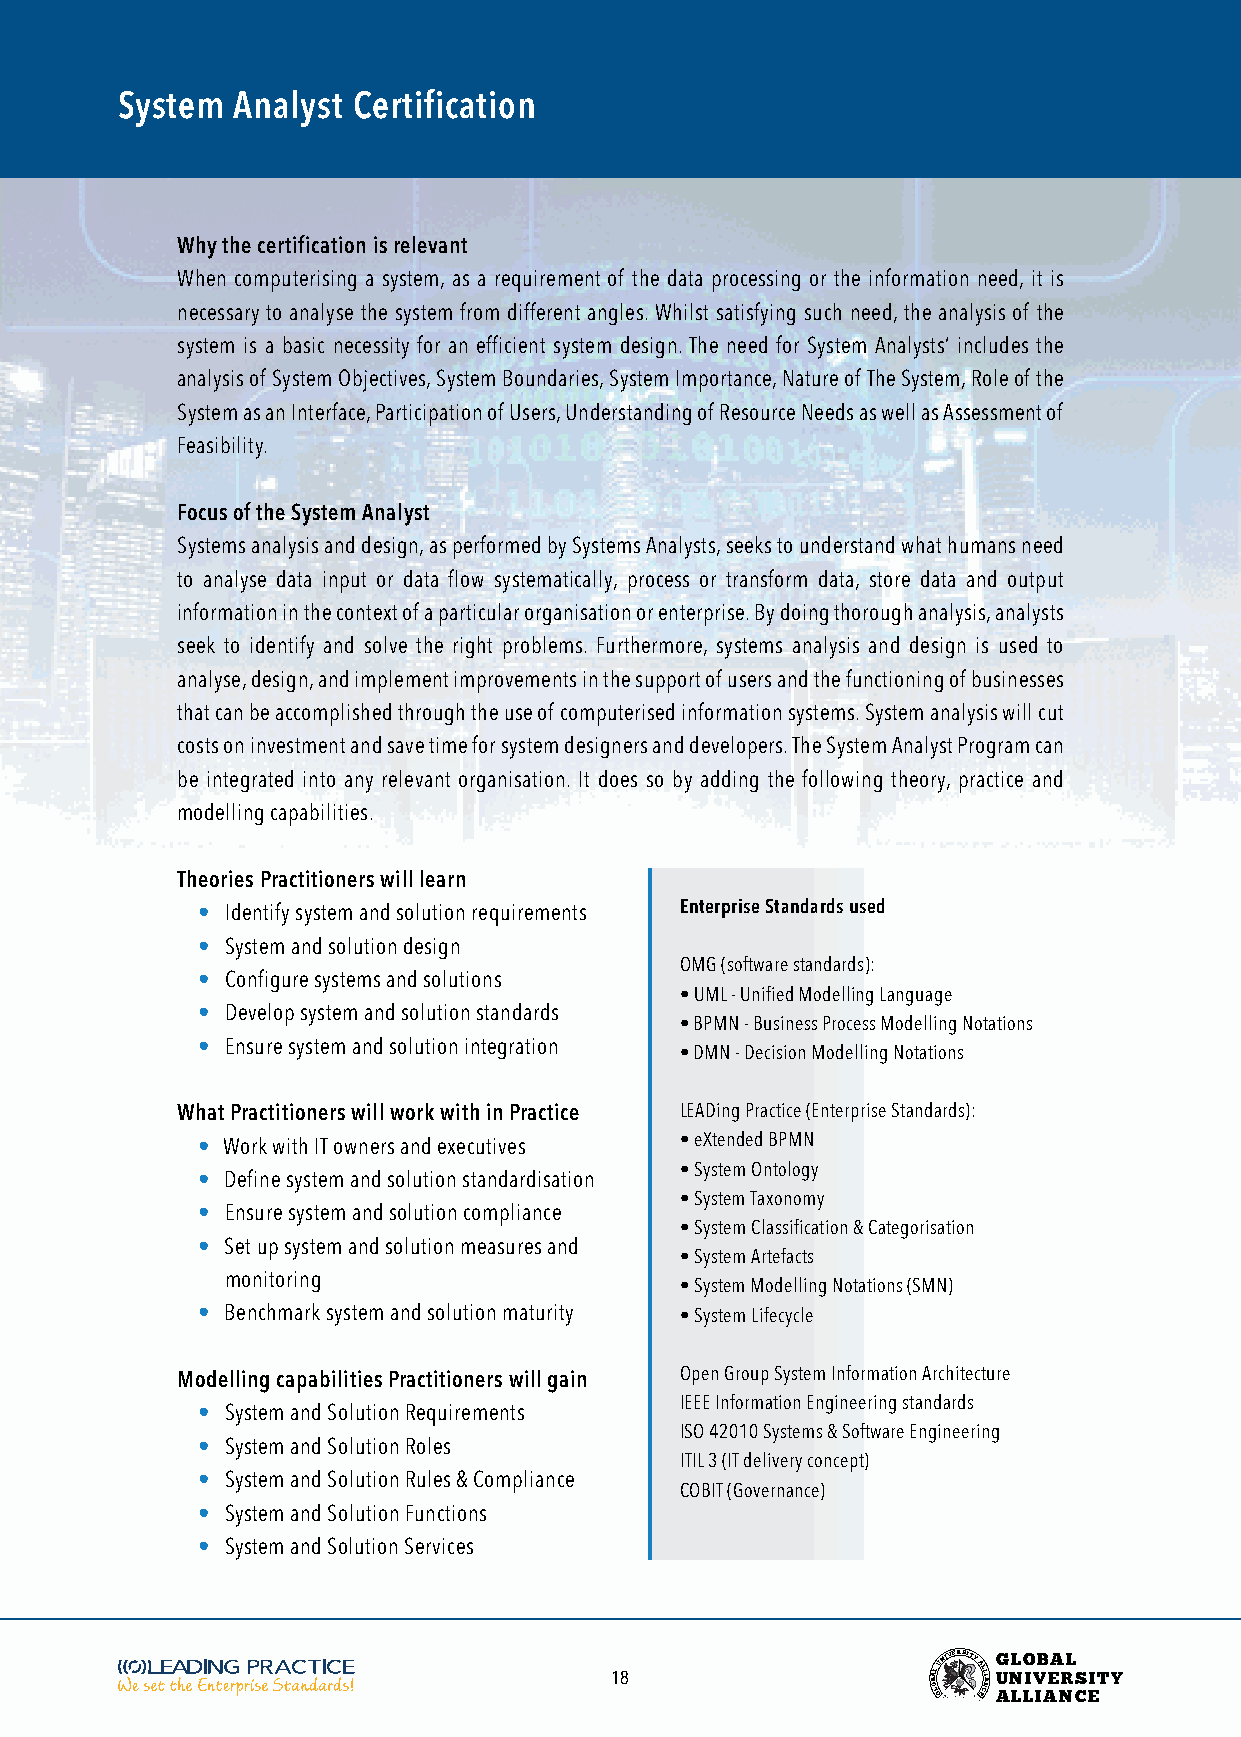
System Analyst Certification
 Why the certification is relevant
 When computerising a system, as a requirement of the data processing or the information need, it is
 necessary to analyse the system from different angles. Whilst satisfying such need, the analysis of the
 system is a basic necessity for an efficient system design. The need for System Analysts’ includes the
 analysis of System Objectives, System Boundaries, System Importance, Nature of The System, Role of the
 System as an Interface, Participation of Users, Understanding of Resource Needs as well as Assessment of
 Feasibility.
 Focus of the System Analyst
 Systems analysis and design, as performed by Systems Analysts, seeks to understand what humans need
 to analyse data input or data flow systematically, process or transform data, store data and output
 information in the context of a particular organisation or enterprise. By doing thorough analysis, analysts
 seek to identify and solve the right problems. Furthermore, systems analysis and design is used to
 analyse, design, and implement improvements in the support of users and the functioning of businesses
 that can be accomplished through the use of computerised information systems. System analysis will cut
 costs on investment and save time for system designers and developers. The System Analyst Program can
 be integrated into any relevant organisation. It does so by adding the following theory, practice and
 modelling capabilities.
 Theories Practitioners will learn
 • Identify system and solution requirements Enterprise Standards used
 • System and solution design
 OMG (software standards):
 • Configure systems and solutions
 • UML - Unified Modelling Language
 • Develop system and solution standards
 • BPMN - Business Process Modelling Notations
 • Ensure system and solution integration
 • DMN - Decision Modelling Notations
 What Practitioners will work with in Practice LEADing Practice (Enterprise Standards):
 • Work with IT owners and executives • eXtended BPMN
 • System Ontology
 • Define system and solution standardisation
 • System Taxonomy
 • Ensure system and solution compliance
 • System Classification & Categorisation
 • Set up system and solution measures and
 • System Artefacts
 monitoring
 • System Modelling Notations (SMN)
 • Benchmark system and solution maturity • System Lifecycle
 Modelling capabilities Practitioners will gain Open Group System Information Architecture
 IEEE Information Engineering standards
 • System and Solution Requirements
 ISO 42010 Systems & Software Engineering
 • System and Solution Roles
 ITIL 3 (IT delivery concept)
 • System and Solution Rules & Compliance
 COBIT (Governance)
 • System and Solution Functions
 • System and Solution Services
 18                    BOA LL
 GUNIVERSITY
 AL EL CI NA
 G
 U
 ANL LO
 LIV
 IB AEA NRL
 CS EITY